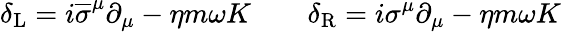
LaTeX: \delta_{\mathrm{{L}}}=i{\overline{{\sigma}}}^{\mu}\partial_{\mu}-\eta m\omega K\qquad\delta_{\mathrm{{R}}}=i\sigma^{\mu}\partial_{\mu}-\eta m\omega K